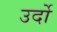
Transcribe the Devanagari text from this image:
उर्दो